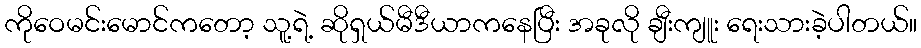
ကိုဝေမင်းမောင်ကတော့ သူ့ရဲ့ ဆိုရှယ်မီဒီယာကနေပြီး အခုလို ချီးကျူး ရေးသားခဲ့ပါတယ်။